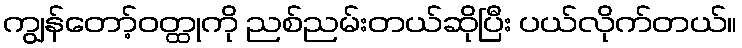
ကျွန်တော့်ဝတ္ထုကို ညစ်ညမ်းတယ်ဆိုပြီး ပယ်လိုက်တယ်။